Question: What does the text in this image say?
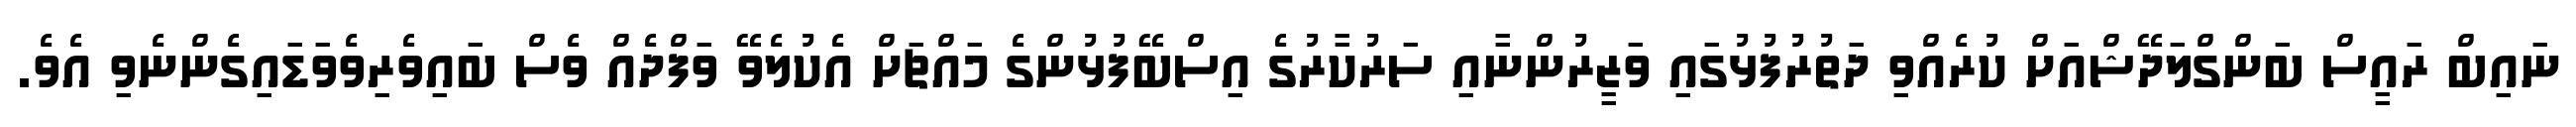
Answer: ނައިބް ރައީސް ބަންގްލަދޭޝްއަށް ކުރެއްވި ދަތުރުފުޅުގައި ވަޒީރުންނާއި ސަރުކާރުގެ އިސްބޭފުޅުންގެ މައްޗަށް އެކުލެވޭ ވަފްދެއް ވެސް ބައިވެރިވެވަޑައިގެންނެވި އެވެ.